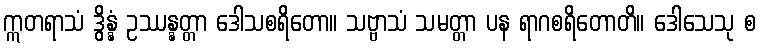
ဣတရာသံ ဒွိန္နံ ဥဿန္နတ္တာ ဒေါသစရိတော။ သဗ္ဗာသံ သမတ္တာ ပန ရာဂစရိတောတိ။ ဒေါသေသု စ